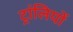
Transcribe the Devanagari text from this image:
ट्रांलियों